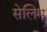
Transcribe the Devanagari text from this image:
सेलिम